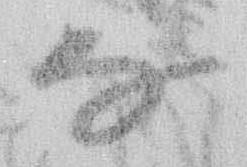
な